Annual report of the Central Committee of the Association together with the report of the directors of the Pasteur Institute at Kasauli
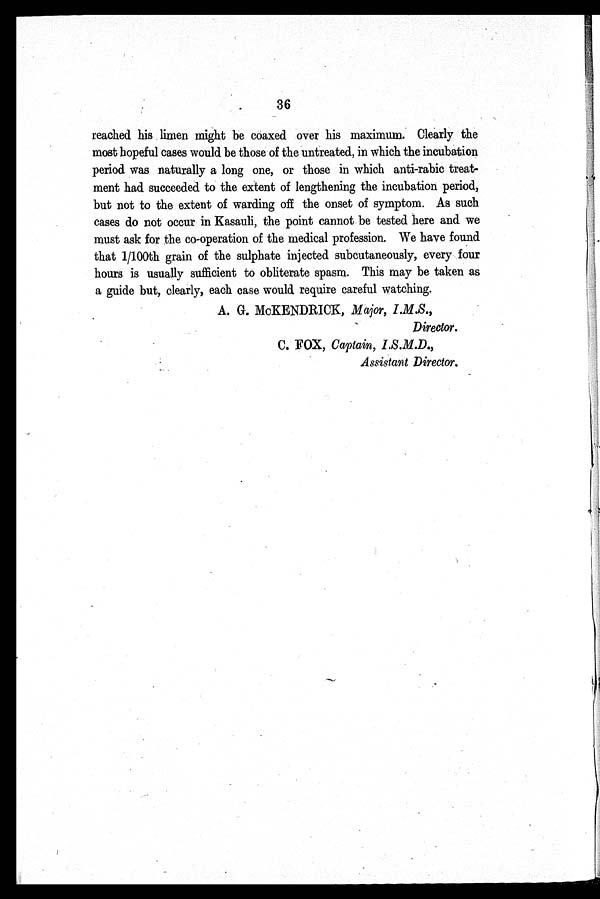
36
reached his limen might be coaxed over his maximum. Clearly the
most hopeful cases would be those of the untreated, in which the incubation
period was naturally a long one, or those in which anti-rabic treat
-
ment had succeeded to the extent of lengthening the incubation period,
but not to the extent of warding off the onset of symptom. As such
cases do not occur in Kasauli, the point cannot be tested here and we
must ask for the co-operation of the medical profession. We have found
that 1/100th grain of the sulphate injected subcutaneously, every four
hours is usually sufficient to obliterate spasm. This may be taken as
a guide but, clearly, each case would require careful watching.
A. G. McKENDRICK, Major, I.M.S.,
Director.
C. FOX, Captain, I.S.M.D.,
Assistant Director.